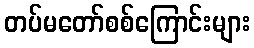
တပ်မတော်စစ်ကြောင်းများ